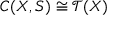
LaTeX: C ( X , S ) \cong { \mathcal { T } } ( X )